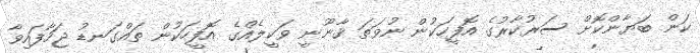
ކަން ބަޔާންކޮށް ސަރުކާރުގެ އޮފީހަކުން ނުވަތަ ޤާނޫނީ ވަކީލެއްގެ އޮފީހަކުން ތައްގަނޑު ޖަހާފައިވާ